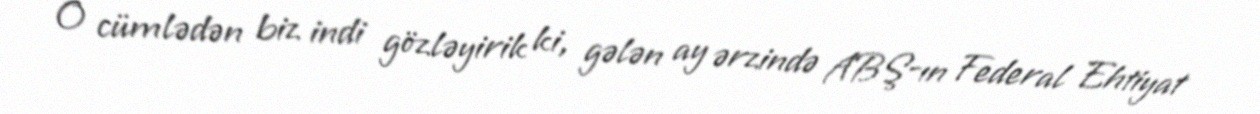
O cümlədən biz indi gözləyirik ki, gələn ay ərzində ABŞ-ın Federal Ehtiyat